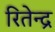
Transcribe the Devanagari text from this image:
रितेन्द्र